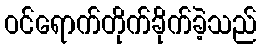
ဝင်ရောက်တိုက်ခိုက်ခဲ့သည်